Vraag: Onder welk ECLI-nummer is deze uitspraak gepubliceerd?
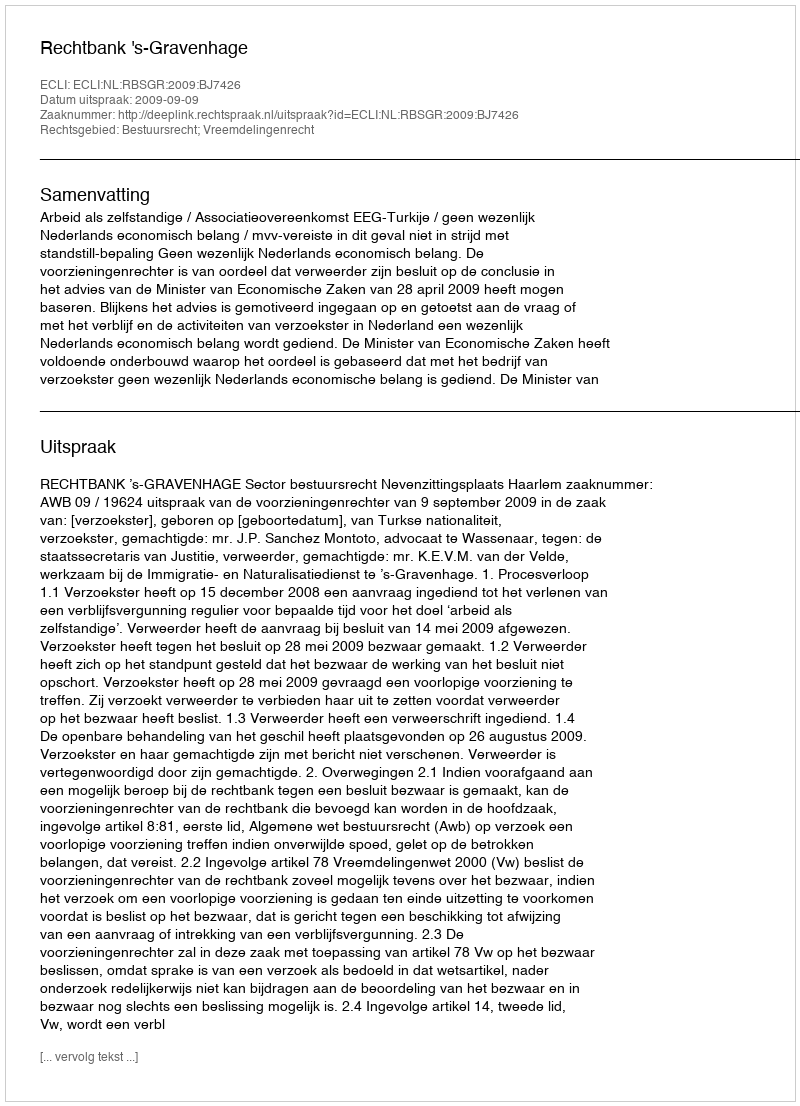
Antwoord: ECLI:NL:RBSGR:2009:BJ7426